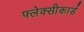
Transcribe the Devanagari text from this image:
फ्लेक्सीकार्ड